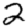
Digit: 2